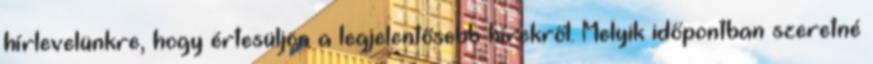
hírlevelünkre, hogy értesüljön a legjelentősebb hírekről. Melyik időpontban szeretné